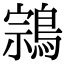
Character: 鶎